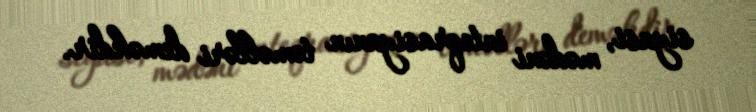
siyasi, mədəni inteqrasiyanın təməlləri deməkdir.